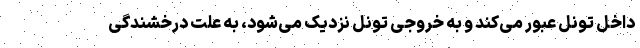
داخل تونل عبور می‌کند و به خروجی تونل نزدیک می‌شود، به علت درخشندگی